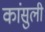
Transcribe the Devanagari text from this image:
कांसुली